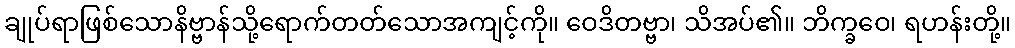
ချုပ်ရာဖြစ်သောနိဗ္ဗာန်သို့ရောက်တတ်သောအကျင့်ကို။ ဝေဒိတဗ္ဗာ၊ သိအပ်၏။ ဘိက္ခဝေ၊ ရဟန်းတို့။